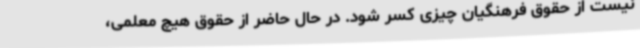
نیست از حقوق فرهنگیان چیزی کسر شود. در حال حاضر از حقوق هیچ معلمی،